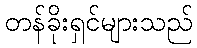
တန်ခိုးရှင်များသည်